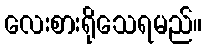
လေးစားရိုသေရမည်။